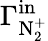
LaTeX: \Gamma_{\mathrm{N_{2}^{+}}}^{\mathrm{in}}